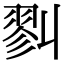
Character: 𢒥